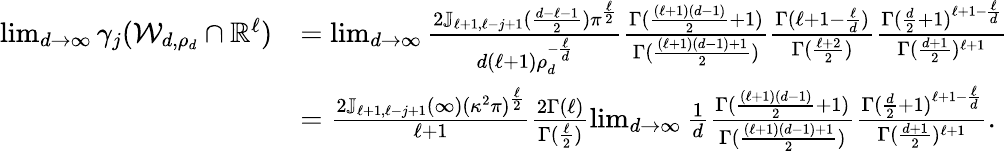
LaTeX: \begin{array}{rl}{\operatorname*{lim}_{d\to\infty}\gamma_{j}(\mathcal{W}_{d,\rho_{d}}\cap\mathbb{R}^{\ell})}&{=\operatorname*{lim}_{d\to\infty}\frac{2\mathbb J_{\ell+1,\ell-j+1}({\frac{d-\ell-1}{2}})\pi^{\frac{\ell}{2}}}{d(\ell+1)\rho_{d}^{-{\frac{\ell}{d}}}}\frac{\Gamma({\frac{(\ell+1)(d-1)}{2}}+1)}{\Gamma({\frac{(\ell+1)(d-1)+1}{2}})}\frac{\Gamma(\ell+1-{\frac{\ell}{d}})}{\Gamma({\frac{\ell+2}{2}})}\frac{\Gamma({\frac{d}{2}}+1)^{\ell+1-{\frac{\ell}{d}}}}{\Gamma({\frac{d+1}{2}})^{\ell+1}}}\\ &{=\frac{2\mathbb J_{\ell+1,\ell-j+1}(\infty)(\kappa^{2}\pi)^{\frac{\ell}{2}}}{\ell+1}\frac{2\Gamma(\ell)}{\Gamma({\frac{\ell}{2}})}\operatorname*{lim}_{d\to\infty}\frac 1d\frac{\Gamma({\frac{(\ell+1)(d-1)}{2}}+1)}{\Gamma({\frac{(\ell+1)(d-1)+1}{2}})}\frac{\Gamma({\frac{d}{2}}+1)^{\ell+1-{\frac{\ell}{d}}}}{\Gamma({\frac{d+1}{2}})^{\ell+1}}.}\end{array}